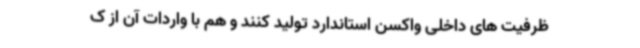
ظرفیت های داخلی واکسن استاندارد تولید کنند و هم با واردات آن از ک